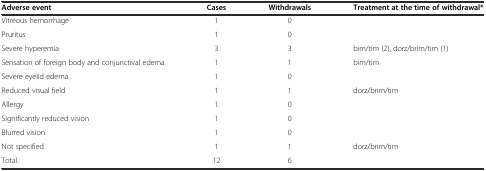
| Adverse event | Cases | Withdrawals | Treatment at the time of withdrawal* |
 | --- | --- | --- | --- |
 | Vitreous hemorrhage | 1 | 0 |  |
 | Pruritus | 1 | 0 |  |
 | Severe hyperemia | 3 | 3 | bim/tim (2), dorz/brim/tim (1) |
 | Sensation of foreign body and conjunctival edema | 1 | 1 | bim/tim |
 | Severe eyelid edema | 1 | 0 |  |
 | Reduced visual field | 1 | 1 | dorz/brim/tim |
 | Allergy | 1 | 0 |  |
 | Significantly reduced vision | 1 | 0 |  |
 | Blurred vision | 1 | 0 |  |
 | Not specified | 1 | 1 | dorz/brim/tim |
 | Total | 12 | 6 |  |